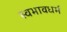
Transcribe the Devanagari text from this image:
स्वभावधर्म